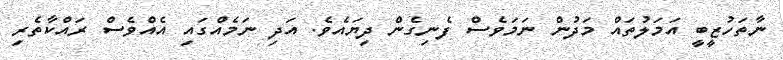
ނާތަހުޒީބީ އަމަލުތައް މަދުން ނަމަވެސް ފެނިގެން ދިޔައެވެ. އަދި ނަމެއްގައި އެއްވެސް ރައްކާތެރި